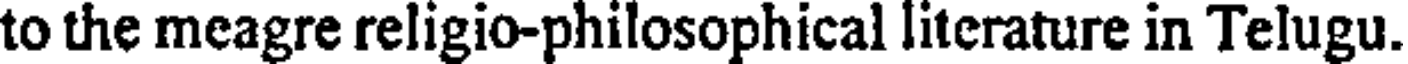
to the meagre religio-philosophical literature in Telugu.